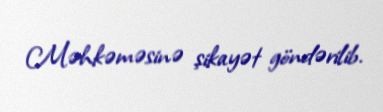
Məhkəməsinə şikayət göndərilib.